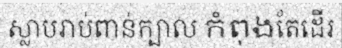
ស្លាបរាប់ពាន់ក្បាល កំពុងតែដើរ